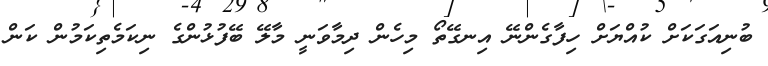
ބުނިއަގަކަށް ކުއްޔަށް ހިފާގެންނޭ އިނގޭތޯ މިހެން ދިމާވަނީ މާލޭ ބޭފުޅުންގެ ނިކަމެތިކަމުން ކަން